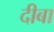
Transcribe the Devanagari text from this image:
दीबा